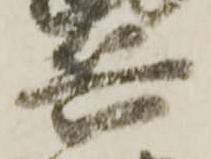
兵